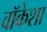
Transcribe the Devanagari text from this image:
वॉकेशा